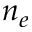
n _ { e }